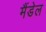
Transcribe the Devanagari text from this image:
मैंडेल